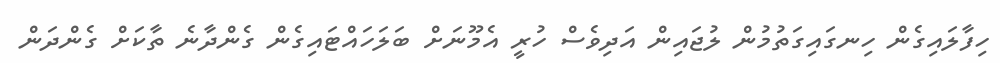
ހިފާލައިގެން ހިނގައިގަތުމުން ލުޖައިން އަދިވެސް ހުރީ އެމޫނަށް ބަލަހައްޓައިގެން ގެންދާނެ ތާކަށް ގެންދަން